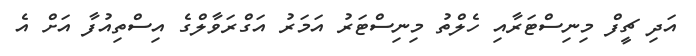
އަދި ޗީފް މިނިސްޓަރާއި ހެލްތު މިނިސްޓަރު އަމަރު އަގްރަވާލްގެ އިސްތިއުފާ އަށް އެ